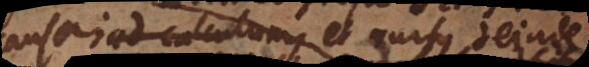
ad calculum, et rursus deinde